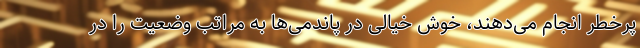
پرخطر انجام می‌دهند، خوش خیالی در پاندمی‌ها به مراتب وضعیت را در